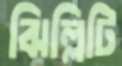
ঝিল্লিটি